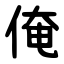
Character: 俺